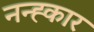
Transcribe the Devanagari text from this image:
नन्ह्कार